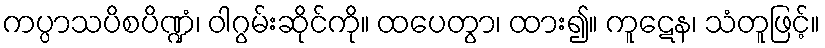
ကပ္ပာသပိစပိဏ္ဍံ၊ ဝါဂွမ်းဆိုင်ကို။ ထပေတွာ၊ ထား၍။ ကူဋေန၊ သံတူဖြင့်။